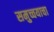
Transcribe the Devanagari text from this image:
समुच्चयाचा